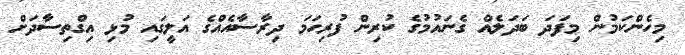
މިހެންކަމުން މިފަދަ ބަދަލެއް ގެނައުމުގެ ކުރިން ފުރިހަމަ ދިރާސާއެއްގެ އަލީގައި މުޅި އިގްތިސާދަށް